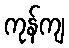
ကုန်ကျ